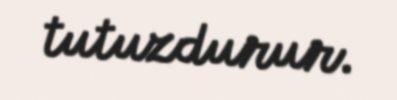
tutuzdurur.